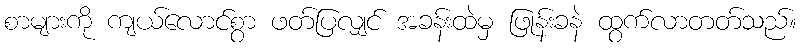
စာများကို ကျယ်လောင်စွာ ဖတ်ပြလျှင် အခန်းထဲမှ ဖြုန်းခနဲ ထွက်လာတတ်သည်။